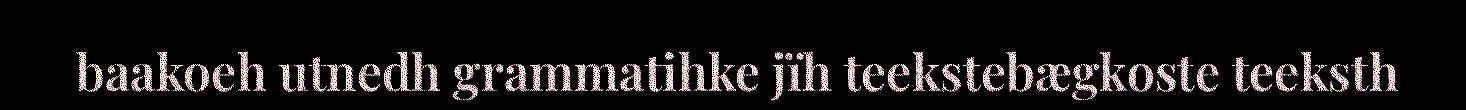
baakoeh utnedh grammatihke jïh teekstebægkoste teeksth